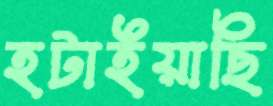
হটাইয়াছি